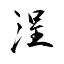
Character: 浧